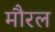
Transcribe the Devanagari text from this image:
मौरल